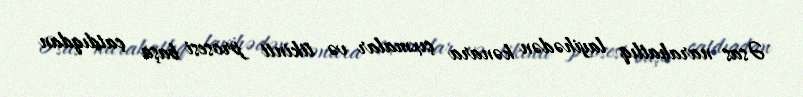
Əsas narahatlıq layihədən kənara çıxmalar və tikinti prosesi başa çatdıqdan